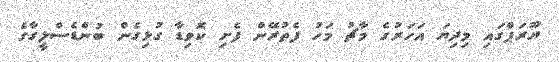
ޔޫރަޕްގައި މިދިޔަ އަހަރުގެ މާޗު މަހު ފެތުރޭން ފެށި ކޮވިޑާ ގުޅިގެން ބުންޑެސްލީގާގެ